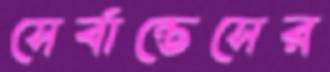
সের্বান্তেসের